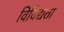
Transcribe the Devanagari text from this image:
विविद्यता